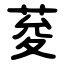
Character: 荾